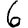
Digit: 6